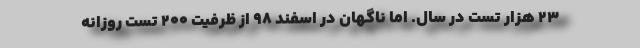
۲۳ هزار تست در سال. اما ناگهان در اسفند ۹۸ از ظرفیت ۲۰۰ تست روزانه